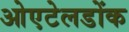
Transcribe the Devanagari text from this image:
ओएटेलडोंक